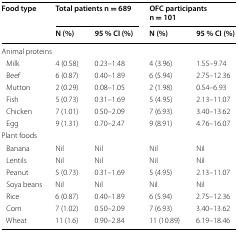
| <ROWSPAN=2> Food type | <COLSPAN=2> Total patients n = 689 | <COLSPAN=2> OFC participants n = 101 |
 | N (%) | 95 % CI (%) | N (%) | 95 % CI (%) |
 | --- | --- | --- | --- | --- |
 | <COLSPAN=5> Animal proteins |
 | Milk | 4 (0.58) | 0.23–1.48 | 4 (3.96) | 1.55–9.74 |
 | Beef | 6 (0.87) | 0.40–1.89 | 6 (5.94) | 2.75–12.36 |
 | Mutton | 2 (0.29) | 0.08–1.05 | 2 (1.98) | 0.54–6.93 |
 | Fish | 5 (0.73) | 0.31–1.69 | 5 (4.95) | 2.13–11.07 |
 | Chicken | 7 (1.01) | 0.50–2.09 | 7 (6.93) | 3.40–13.62 |
 | Egg | 9 (1.31) | 0.70–2.47 | 9 (8.91) | 4.76–16.07 |
 | <COLSPAN=5> Plant foods |
 | Banana | Nil | Nil | Nil | Nil |
 | Lentils | Nil | Nil | Nil | Nil |
 | Peanut | 5 (0.73) | 0.31–1.69 | 5 (4.95) | 2.13–11.07 |
 | Soya beans | Nil | Nil | Nil | Nil |
 | Rice | 6 (0.87) | 0.40–1.89 | 6 (5.94) | 2.75–12.36 |
 | Corn | 7 (1.02) | 0.50–2.09 | 7 (6.93) | 3.40–13.62 |
 | Wheat | 11 (1.6) | 0.90–2.84 | 11 (10.89) | 6.19–18.46 |